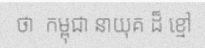
ថា  កម្ពុជា នាយុគ ដ៏ ខ្មៅ